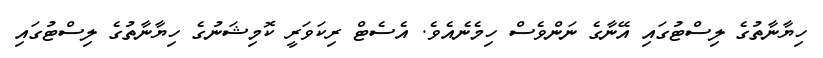
ހިޔާނާތުގެ ލިސްޓުގައި އޭނާގެ ނަންވެސް ހިމެނެއެެވެ. އެސެޓް ރިކަވަރީ ކޮމިޝަނުގެ ހިޔާނާތުގެ ލިސްޓުގައި